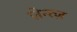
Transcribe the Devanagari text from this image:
ज़ेन्त्ज़